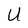
Character: U